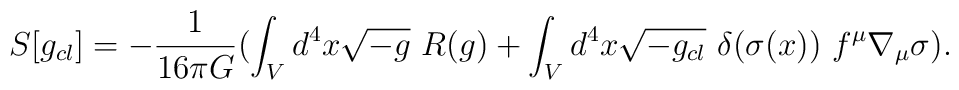
S[ g_{cl}]=-\frac{1}{16\pi G}(\int _{V}d^{4}x \sqrt{-g}~ R (g)+\int _{V}d^{4}x \sqrt{-g_{cl}}~\delta (\sigma (x))~f^{\mu}\nabla_{\mu}\sigma ).